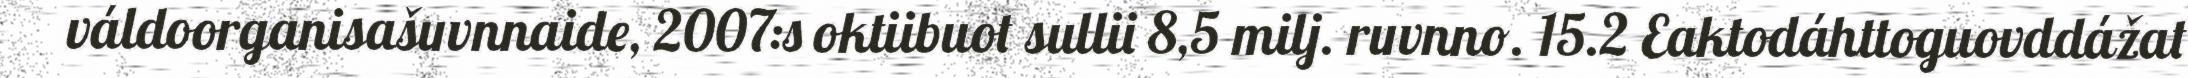
váldoorganisašuvnnaide, 2007:s oktiibuot sullii 8,5 milj. ruvnno. 15.2 Eaktodáhttoguovddážat